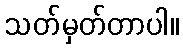
သတ်မှတ်တာပါ။